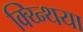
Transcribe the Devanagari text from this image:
क्य्न्थिया